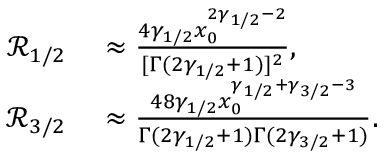
\begin{array} { r l } { { \ensuremath { \mathcal R } } _ { 1 / 2 } } & { { } \approx \frac { 4 \gamma _ { 1 / 2 } x _ { 0 } ^ { 2 \gamma _ { 1 / 2 } - 2 } } { [ \Gamma ( 2 \gamma _ { 1 / 2 } + 1 ) ] ^ { 2 } } , } \\ { { \ensuremath { \mathcal R } } _ { 3 / 2 } } & { { } \approx \frac { 4 8 \gamma _ { 1 / 2 } x _ { 0 } ^ { \gamma _ { 1 / 2 } + \gamma _ { 3 / 2 } - 3 } } { \Gamma ( 2 \gamma _ { 1 / 2 } + 1 ) \Gamma ( 2 \gamma _ { 3 / 2 } + 1 ) } . } \end{array}